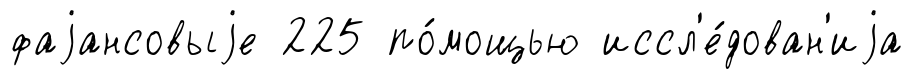
фаjансовыjе 225 по́мощью иссл'е́дован'иjа